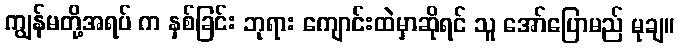
ကျွန်မတို့အရပ် က နှစ်ခြင်း ဘုရား ကျောင်းထဲမှာဆိုရင် သူ အော်ပြောမည် မုချ။